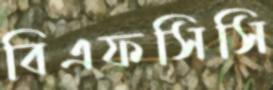
বিএফসিসি